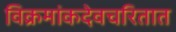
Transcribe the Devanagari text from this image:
विक्रमांकदेवचरितात